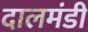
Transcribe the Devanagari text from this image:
दालमंडी